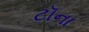
ટૉના